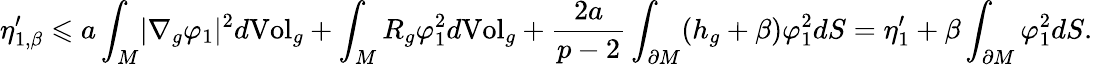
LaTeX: \eta_{1,\beta}^{\prime}\leqslant a\int_{M}\lvert\nabla_{g}\varphi_{1}\rvert^{2}d\mathrm{Vol}_{g}+\int_{M}R_{g}\varphi_{1}^{2}d\mathrm{Vol}_{g}+\frac{2a}{p-2}\int_{\partial M}(h_{g}+\beta)\varphi_{1}^{2}dS=\eta_{1}^{\prime}+\beta\int_{\partial M}\varphi_{1}^{2}dS.